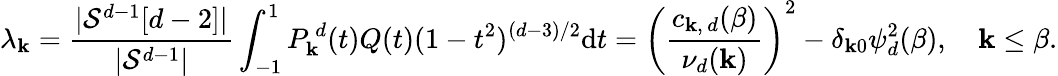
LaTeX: \lambda_{\mathbf{k}}=\frac{{|\mathcal{{S}}^{d-1}[d-2]|}}{{|\mathcal{{S}}^{d-1}|}}\int_{-1}^{1}P_{\mathbf{k}}^{\, d}(t)Q(t)(1-t^{2})^{(d-3)/2}\mathrm{{d}}t=\left(\frac{{c_{\mathbf{k},\, d}(\beta)}}{{\nu_{d}(\mathbf{k})}}\right)^{2}-\delta_{\mathbf{k}0}\psi_{d}^{2}(\beta),\quad\mathbf{k}\leq\beta.